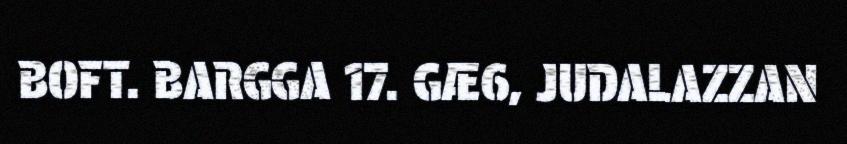
BOFT. BARGGA 17. GÆ6, JUDALAZZAN